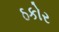
ઠકોર